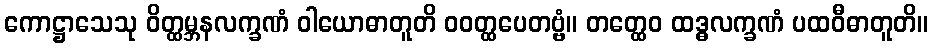
ကောဋ္ဌာသေသု ဝိတ္ထမ္ဘနလက္ခဏံ ဝါယောဓာတူတိ ဝဝတ္ထပေတဗ္ဗံ။ တတ္ထေဝ ထဒ္ဓလက္ခဏံ ပထဝီဓာတူတိ။